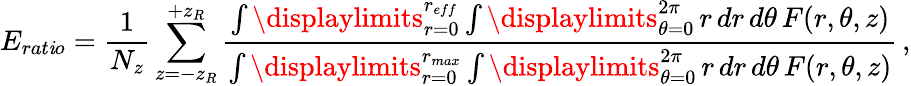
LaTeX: E_{rat\mathit{i}o}=\frac{{1}}{{N_{z}}}\sum_{z=-z_{R}}^{+z_{R}}\frac{{\int\displaylimits_{r=0}^{r_{eff}}\int\displaylimits_{\theta=0}^{2\pi}\mathop{r}\mathop{dr}\mathop{d\theta}F(r,\theta,z)}}{{\int\displaylimits_{r=0}^{r_{max}}\int\displaylimits_{\theta=0}^{2\pi}\mathop{r}\mathop{dr}\mathop{d\theta}F(r,\theta,z)}}\, ,